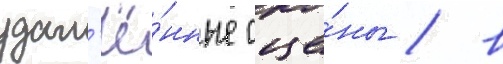
удал'ё́нные сце́ны / в